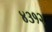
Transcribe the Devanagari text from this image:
४३१२